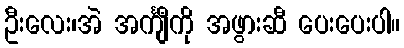
ဦးလေး၊အဲ အင်္ကျီကို အဖွားဆီ ပေးပေးပါ။